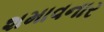
શમાવનાર